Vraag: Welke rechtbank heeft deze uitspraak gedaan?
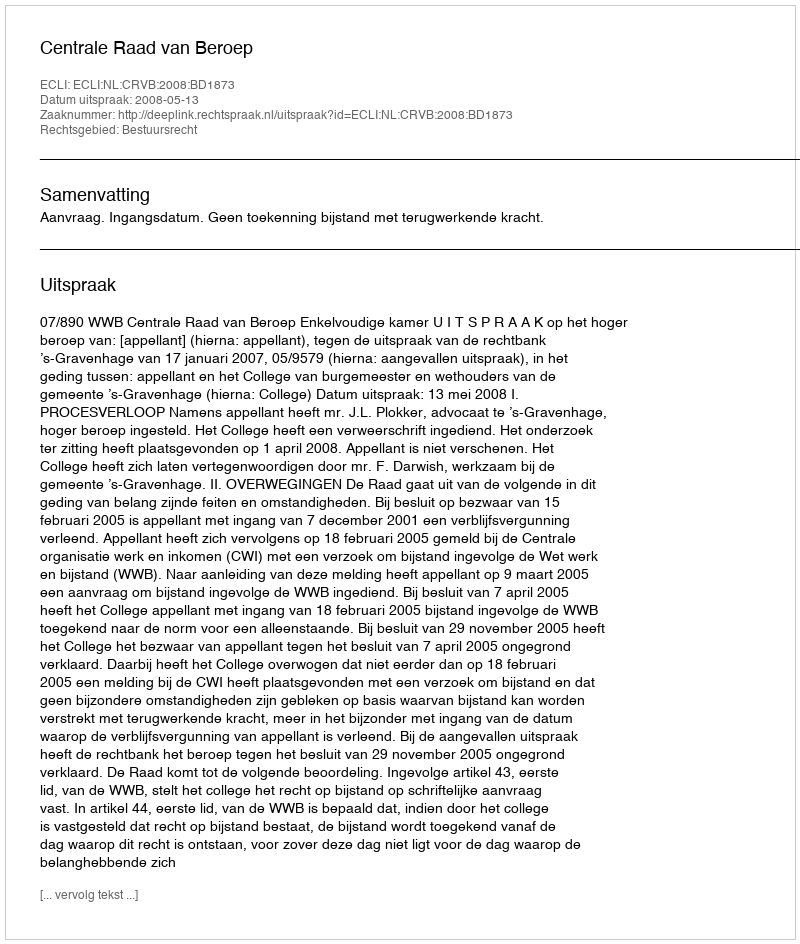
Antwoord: Centrale Raad van Beroep